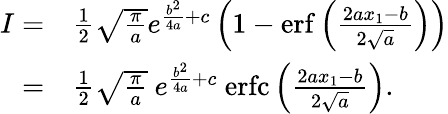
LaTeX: \begin{array}{rl}{I=}&{\frac{1}{2}\sqrt{\frac{\pi}{a}}e^{\frac{b^{2}}{4a}+c}\left(1-\mathrm{erf}\left({\frac{2ax_{1}-b}{2\sqrt{a}}}\right)\right)}\\ {=}&{\frac{1}{2}\sqrt{\frac{\pi}{a}}\ e^{\frac{b^{2}}{4a}+c}\ \mathrm{erfc}\left({\frac{2ax_{1}-b}{2\sqrt{a}}}\right).}\end{array}